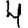
Digit: 4